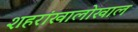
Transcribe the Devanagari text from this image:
शहरांखालोखाल